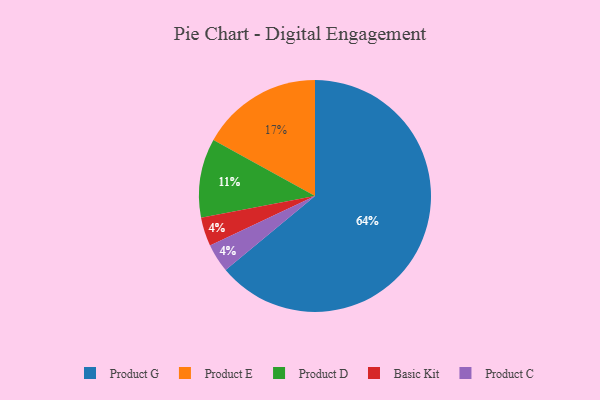
{"axis": {"x": "Category", "y": "Percentage"}, "legend": ["Basic Kit", "Product C", "Product D", "Product E", "Product G"], "data": [{"x": "Basic Kit", "y": 4, "type": "Basic Kit"}, {"x": "Product E", "y": 17, "type": "Product E"}, {"x": "Product G", "y": 64, "type": "Product G"}, {"x": "Product D", "y": 11, "type": "Product D"}, {"x": "Product C", "y": 4, "type": "Product C"}]}